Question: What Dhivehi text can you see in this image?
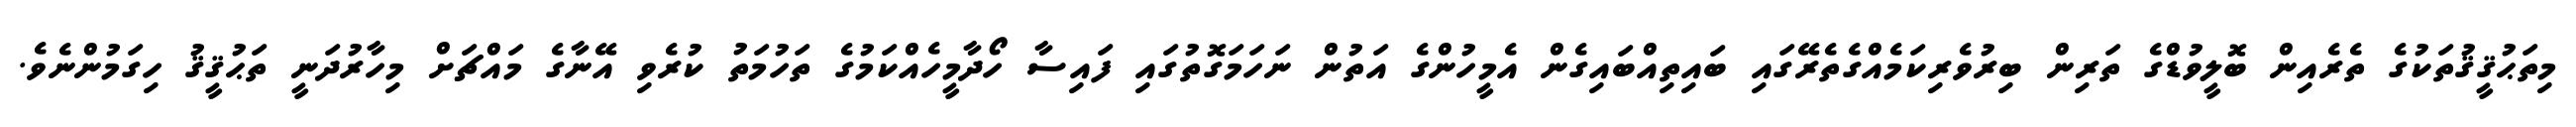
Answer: މިތަޙުޤީޤުތަކުގެ ތެރެއިން ބޮލީވުޑްގެ ތަރިން ބިރުވެރިކަމެއްގެތެރޭގައި ބައިތިއްބައިގެން އެމީހުންގެ އަތުން ނަހަމަގޮތުގައި ފައިސާ ހޯދާމީހެއްކަމުގެ ތަހުމަތު ކުރެވި އޭނާގެ މައްޗަށް މިހާރުދަނީ ތަޙުޤީޤު ހިގަމުންނެވެ.